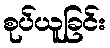
စုပ်ယူခြင်း